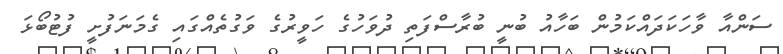
ސަންއާ ވާހަކަދައްކަމުން ބަހާއު ބުނީ ބުރާސްފަތި ދުވަހުގެ ހަވީރުގެ ވަގުތެއްގައި ގެމަނަފުށީ ފުޓުބޯޅަ